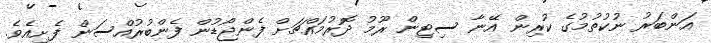
އަންބަރު ނުކުތުމުގެ ކުރިން އޭނާ ސިޓިން ރޫމު ދޮރުމައްޗަށް ފެންޖޯޑުން ފެންބުރުއްސަން ފެށިއެވެ.